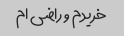
خریدم و راضی ام